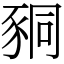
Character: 𧱁